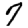
Digit: 7